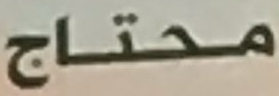
محتاج